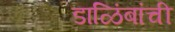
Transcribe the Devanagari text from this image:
डाळिंबांची